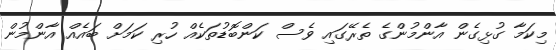
މިކަމާ ގުޅިގެން އާންމުންގެ ތެރޭގައި ވެސް ކަންބޮޑުތަކެއް ހުރި ކަމަށް ބައެއް އާންމުން